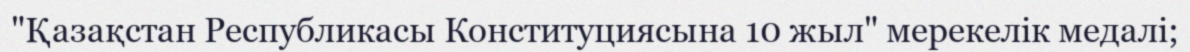
"Қазақстан Республикасы Конституциясына 10 жыл" мерекелік медалі;